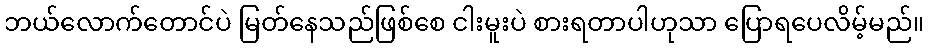
ဘယ်လောက်တောင်ပဲ မြတ်နေသည်ဖြစ်စေ ငါးမူးပဲ စားရတာပါဟုသာ ပြောရပေလိမ့်မည်။